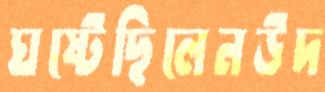
ঘষ্‌টেছিলেনউদ